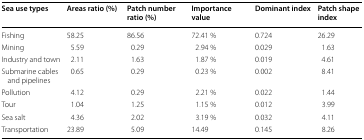
<table><thead><tr><td><b>Sea use types</b></td><td><b>Areas ratio (%)</b></td><td><b>Patch number ratio (%)</b></td><td><b>Importance value</b></td><td><b>Dominant index</b></td><td><b>Patch shape index</b></td></tr></thead><tbody><tr><td>Fishing</td><td>58.25</td><td>86.56</td><td>72.41 %</td><td>0.724</td><td>26.29</td></tr><tr><td>Mining</td><td>5.59</td><td>0.29</td><td>2.94 %</td><td>0.029</td><td>1.63</td></tr><tr><td>Industry and town</td><td>2.11</td><td>1.63</td><td>1.87 %</td><td>0.019</td><td>4.61</td></tr><tr><td>Submarine cables and pipelines</td><td>0.65</td><td>0.29</td><td>0.23 %</td><td>0.002</td><td>8.41</td></tr><tr><td>Pollution</td><td>4.12</td><td>0.29</td><td>2.21 %</td><td>0.022</td><td>1.44</td></tr><tr><td>Tour</td><td>1.04</td><td>1.25</td><td>1.15 %</td><td>0.012</td><td>3.99</td></tr><tr><td>Sea salt</td><td>4.36</td><td>2.02</td><td>3.19 %</td><td>0.032</td><td>4.11</td></tr><tr><td>Transportation</td><td>23.89</td><td>5.09</td><td>14.49</td><td>0.145</td><td>8.26</td></tr></tbody></table>